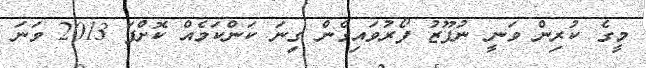
މީގެ ކުރިން ވަނީ ނުފޫޒު ފޯރުވައިގެން ގިނަ ކަންކަމެއް ކޮށްފަ 2013 ވަނަ